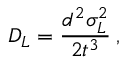
D _ { L } = \frac { d ^ { 2 } \sigma _ { L } ^ { 2 } } { 2 t ^ { 3 } } \: ,